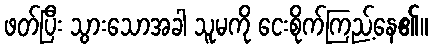
ဖတ်ပြီး သွားသောအခါ သူမကို ငေးစိုက်ကြည့်နေ၏။